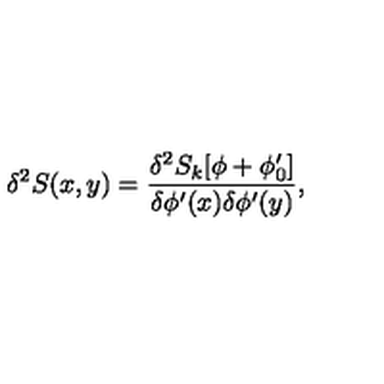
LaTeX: \delta ^ { 2 } S ( x , y ) = \frac { \delta ^ { 2 } S _ { k } [ \phi + \phi _ { 0 } ^ { \prime } ] } { \delta \phi ^ { \prime } ( x ) \delta \phi ^ { \prime } ( y ) } ,